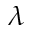
\ensuremath { \lambda }